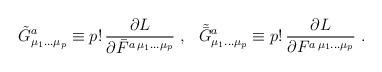
LaTeX: \begin{align*}\tilde{G}^a_{\mu_1\ldots \mu_p} \equiv p!\, \frac{\partial L}{\partial \bar{F}^{a\,\mu_1\ldots \mu_p}}~,~~\tilde{\bar{G}}^a_{\mu_1\ldots \mu_p} \equiv p!\, \frac{\partial L}{\partial F^{a\,\mu_1\ldots \mu_p}}~.\end{align*}